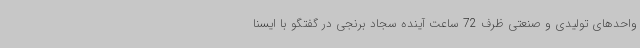
واحدهای تولیدی و صنعتی ظرف 72 ساعت آینده سجاد برنجی در گفتگو با ایسنا